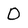
Character: 0